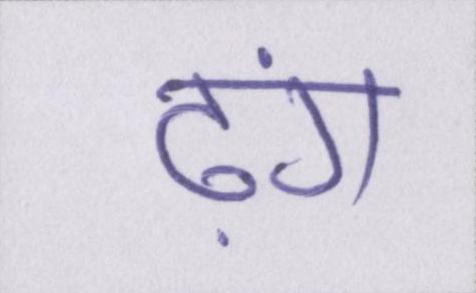
ढ़ंग